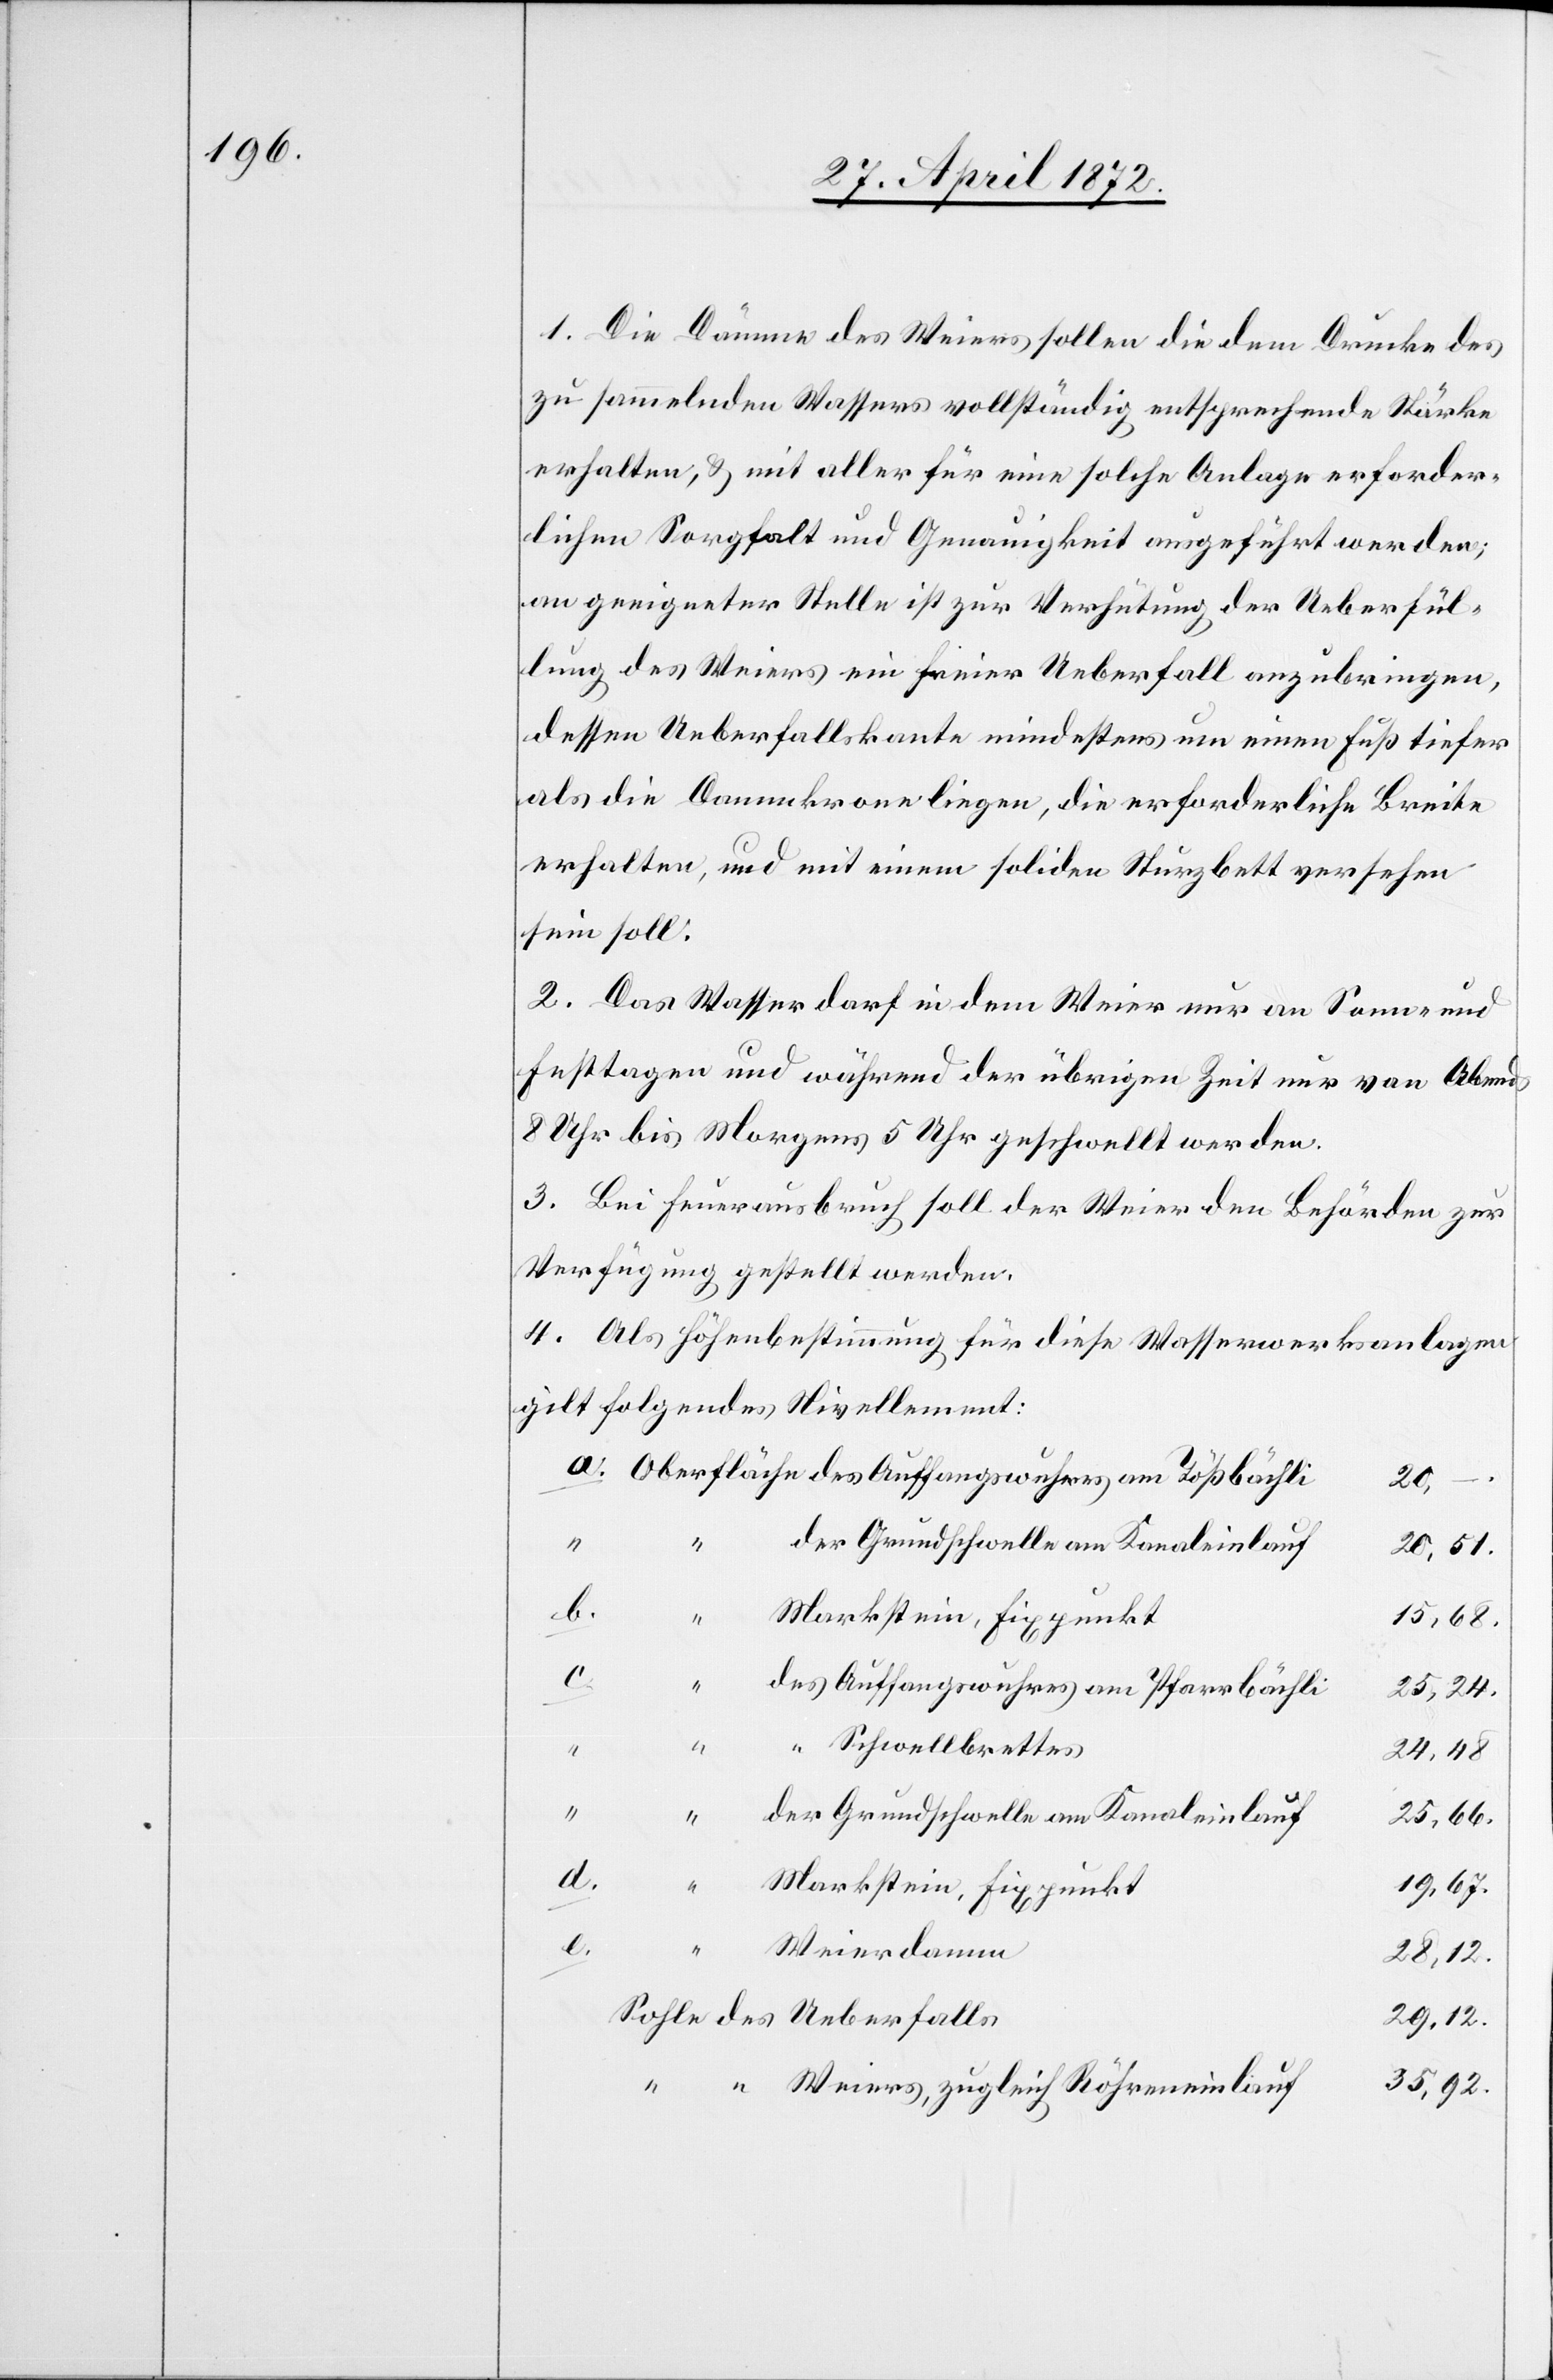
1. Die Dämme des Weiers sollen die dem Drucke des
zu sammelnden Wassers vollständig entsprechende Stärke
erhalten, u. mit aller für eine solche Anlage erforder¬
lichen Sorgfalt und Genauigkeit ausgeführt werden;
an geeigneter Stelle ist zur Verhütung der Ueberfül¬
lung des Weiers ein freier Ueberfall anzubringen,
dessen Ueberfallskante mindestens um einen Fuß tiefer
als die Dammkrone liegen, die erforderliche Breite
erhalten, und mit einem soliden Sturzbett versehen
sein soll.
2. Das Wasser darf in dem Weier nur an Sonn- und
Festtagen und während der übrigen Zeit nur von Abends
8 Uhr bis Morgens 5 Uhr geschwellt werden.
3. Bei Feuerausbruch soll der Weier den Behörden zur
Verfügung gestellt werden.
4. Als Höhenbestimmung für diese Wasserwerksanlagen
gilt folgendes Nivellement:
b.
Markstein, Fixpunkt
15,68.
c.
des Auffangswuhres am Pfarrbächli
25,24.
Schwellbrettes
24,48.
der Grundschwelle am Kanaleinlauf
25,66.
19,67.
e.
“
Weierdamm
28,12.
Sohle des Ueberfalls
29,12.
35,92.
Weiers, zugleich Röhreneinlauf